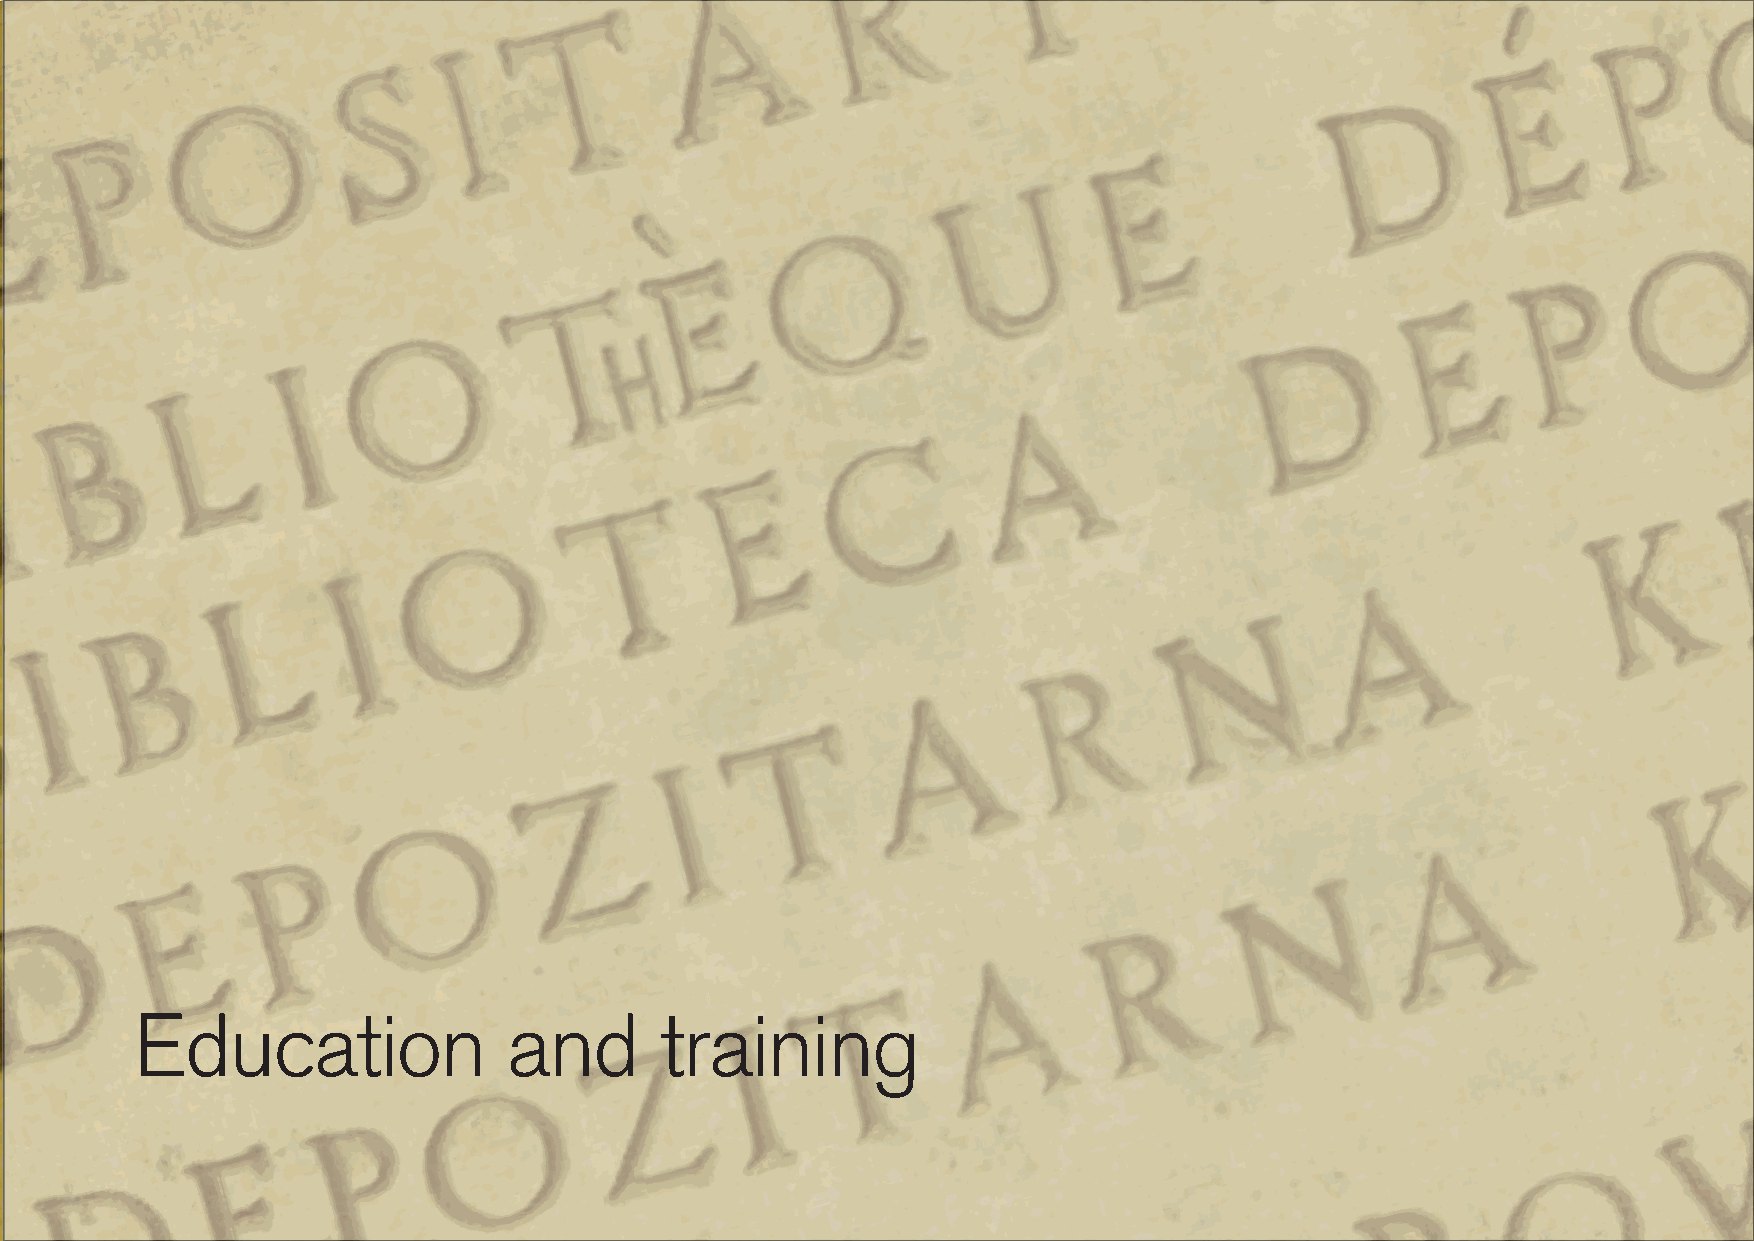
Education                and       training